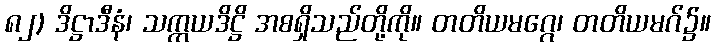
၈၂) ဒိဋ္ဌာဒီနံ၊ သက္ကယဒိဋ္ဌိ အစရှိသည်တို့ကို။ တတိယမဂ္ဂေ၊ တတိယမဂ်၌။